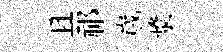
且祁𡻕漿